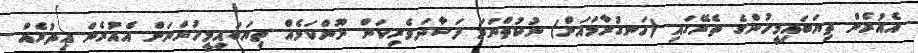
އެއުރެން ތިޔަބައިމީހުންގެ ތެރޭގައި (ހަނގުރާމައަށް) ނުކުތްނަމަ ފަސާދަވެރިކަން ނޫންކަމެއް ތިޔަބައިމީހުންނަށް އެއުރެން އިތުރެއް